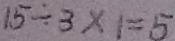
1 5 \div 3 \times 1 = 5